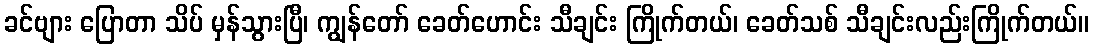
ခင်ဗျား ပြောတာ သိပ် မှန်သွားပြီ၊ ကျွန်တော် ခေတ်ဟောင်း သီချင်း ကြိုက်တယ်၊ ခေတ်သစ် သီချင်းလည်းကြိုက်တယ်။